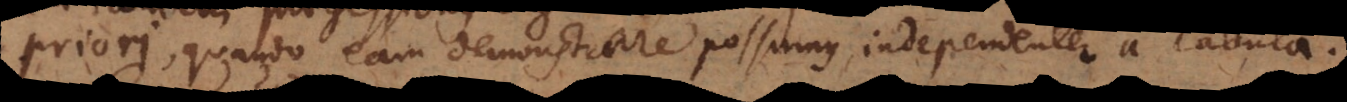
priori, quando eam demonstrare possumus, independenter a Tabula.